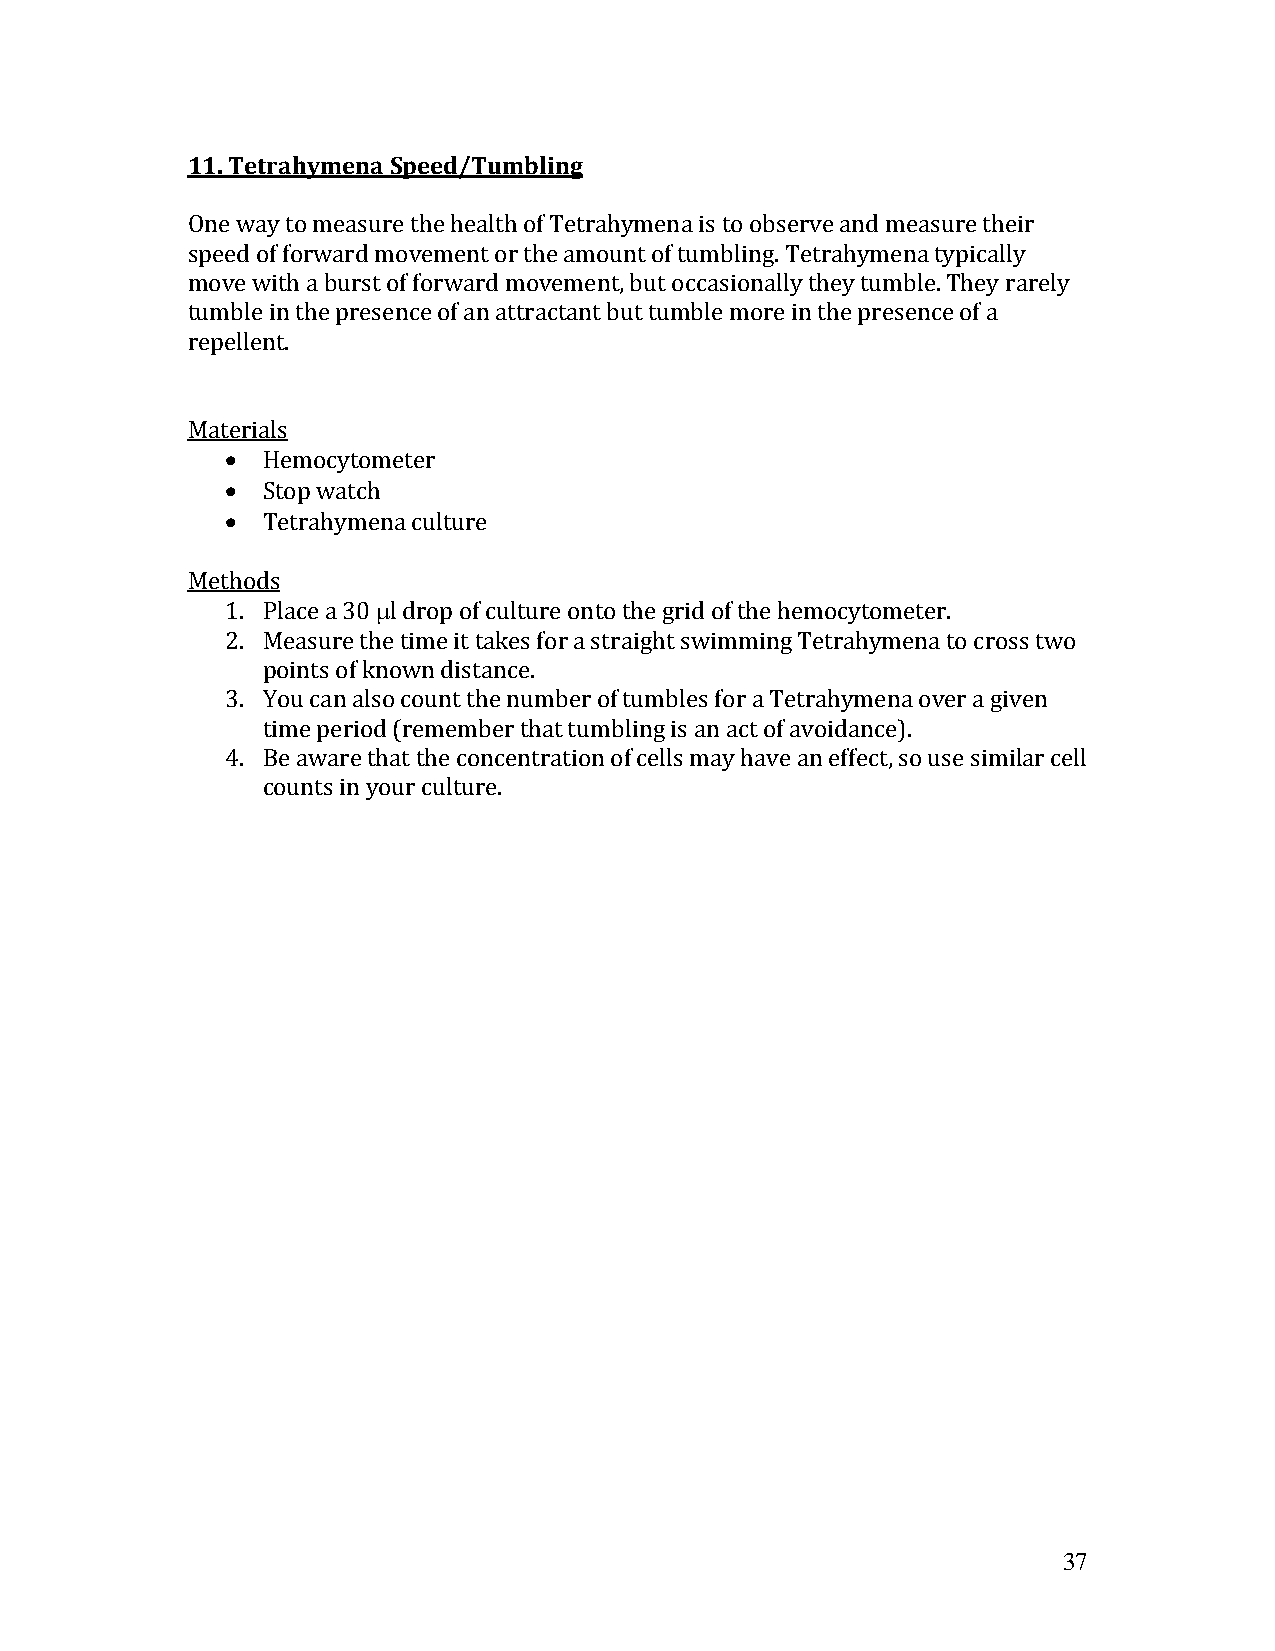
11. Tetrahymena Speed/Tumbling
 One way to measure the health of Tetrahymena is to observe and measure their
 speed of forward movement or the amount of tumbling. Tetrahymena typically
 move with a burst of forward movement, but occasionally they tumble. They rarely
 tumble in the presence of an attractant but tumble more in the presence of a
 repellent.
 Materials
  Hemocytometer
  Stop watch
  Tetrahymena culture
 Methods
 1. Place a 30 l drop of culture onto the grid of the hemocytometer.
 2. Measure the time it takes for a straight swimming Tetrahymena to cross two
 points of known distance.
 3. You can also count the number of tumbles for a Tetrahymena over a given
 time period (remember that tumbling is an act of avoidance).
 4. Be aware that the concentration of cells may have an effect, so use similar cell
 counts in your culture.
 37